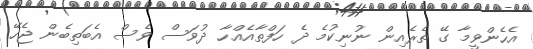
އެހެންވީމާ ގޭ ތެރެއިން ނުނިކުމެ ދެ ހަފްތާއެއްހާ ދުވަސް ވެސް އެބަތިބެން ޖެހޭ